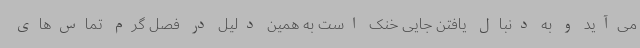
می‌آید و به دنبال یافتن جایی خنک است به همین دلیل در فصل گرم تماس‌های